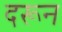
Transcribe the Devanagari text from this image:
दरून